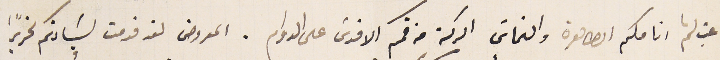
غب لثم انامكم الطاهرة والتماسَ البركة من فمكم الاقدسَ على الدوام. المعروض لقد قدمت لسَيادتكم تحريرًا